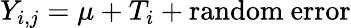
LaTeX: Y_{i,j}=\mu+T_{i}+\mathrm{random\ error}